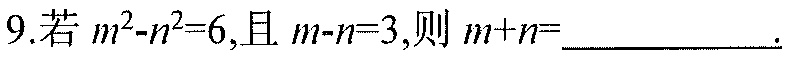
9.若$m^{2}-n^{2}=6$,且$m - n = 3$,则$m + n =$ .